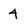
Character: 4